Indian Civil Veterinary Department memoirs
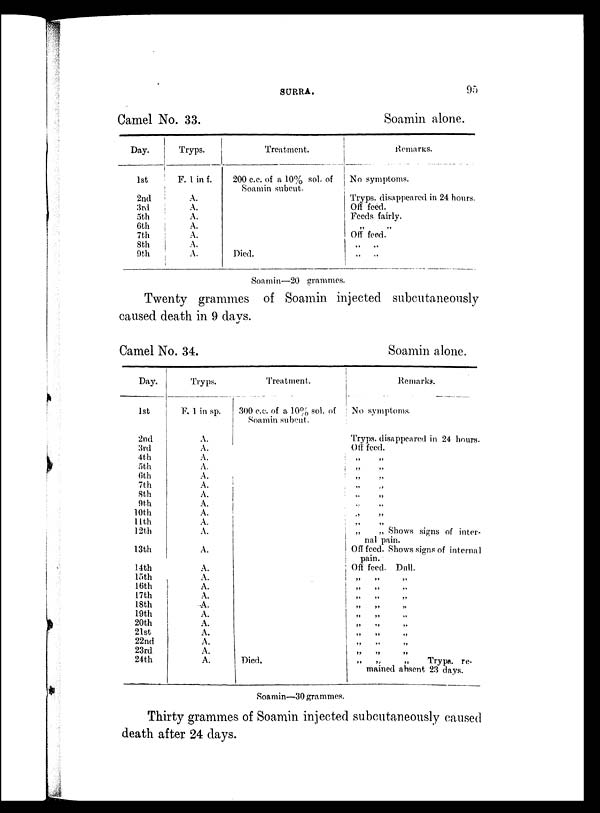
SURRA.
95
Camel No. 33.
Day.
1st
2nd
3rd
5th
6th
7th
8th
9th
Tryps.
F. 1 in f.
A.
A.
A.
A.
A.
A.
A.
Treatment.
200 c.c. of a 10% sol. of
Soamin subcut.
Died.
Soamin alone.
Remarks.
No symptoms.
Tryps. disappeared in 24 hours.
Off feed.
Feeds fairly.
„
„
Off feed.
„ „
„ „
Soamin—20 grammes.
Twenty grammes of Soamin injected subcutaneously
caused death in 9 days.
Camel No. 34.
Day.
1st
2nd
3rd
4th
5th
6th
7th
8th
9th
10th
11th
12th
13th
14th
15th
16th
17th
18th
19th
20th
21st
22nd
23rd
24th
Tryps.
F. 1 in sp.
A.
A.
A.
A.
A.
A.
A.
A.
A.
A.
A.
A.
A.
A.
A.
A.
A.
A.
A.
A.
A.
A.
A.
Treatment.
300 c.c. of a 10% sol. of
Soamin subcut.
Died.
Soamin alone.
Remarks.
No symptoms.
Tryps. disappeared in 24 hours.
Off feed.
„ „
„ „
„ „
„ „
„ „
„ „
„ „
„
„
„ „ Shows signs of inter-
nal pain.
Off feed. Shows signs of internal
pain.
Off feed. Dull.
„ „ „
„ „ „
„ „ „
„ „ „
„ „ „
„ „ „
„ „ „
„
„
„
Tryps. re-
mained absent 23 days.
Soamin—30 grammes.
Thirty grammes of Soamin injected subcutaneously caused
death after 24 days.